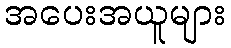
အပေးအယူများ